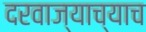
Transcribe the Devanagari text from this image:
दरवाज्याच्याच